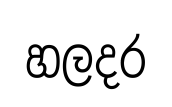
හලදර